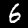
Label: 6